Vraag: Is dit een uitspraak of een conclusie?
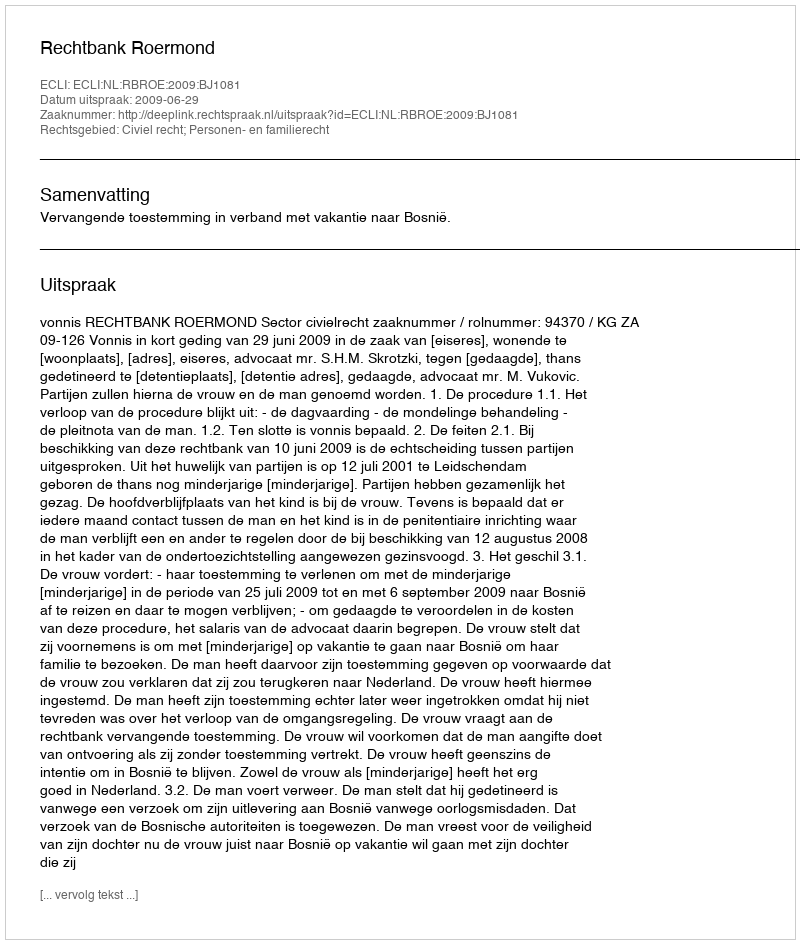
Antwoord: Uitspraak